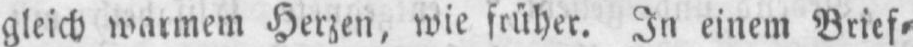
gleich warmem Herzen, wie früher. In einem Brief⸗